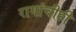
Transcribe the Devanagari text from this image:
रागांचीही